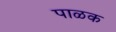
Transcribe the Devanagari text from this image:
पाळक